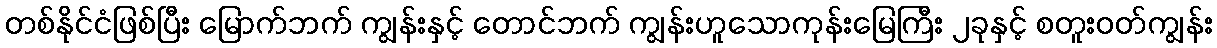
တစ်နိုင်ငံဖြစ်ပြီး မြောက်ဘက် ကျွန်းနှင့် တောင်ဘက် ကျွန်းဟူသောကုန်းမြေကြီး ၂ခုနှင့် စတူးဝတ်ကျွန်း